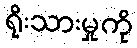
ရိုးသားမှုကို